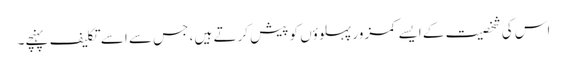
اس کی شخصیت کے ایسے کمزور پہلوؤں کو پیش کرتے ہیں ، جس سے اسے تکلیف پہنچے۔